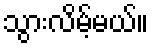
သွားလိမ့်မယ်။